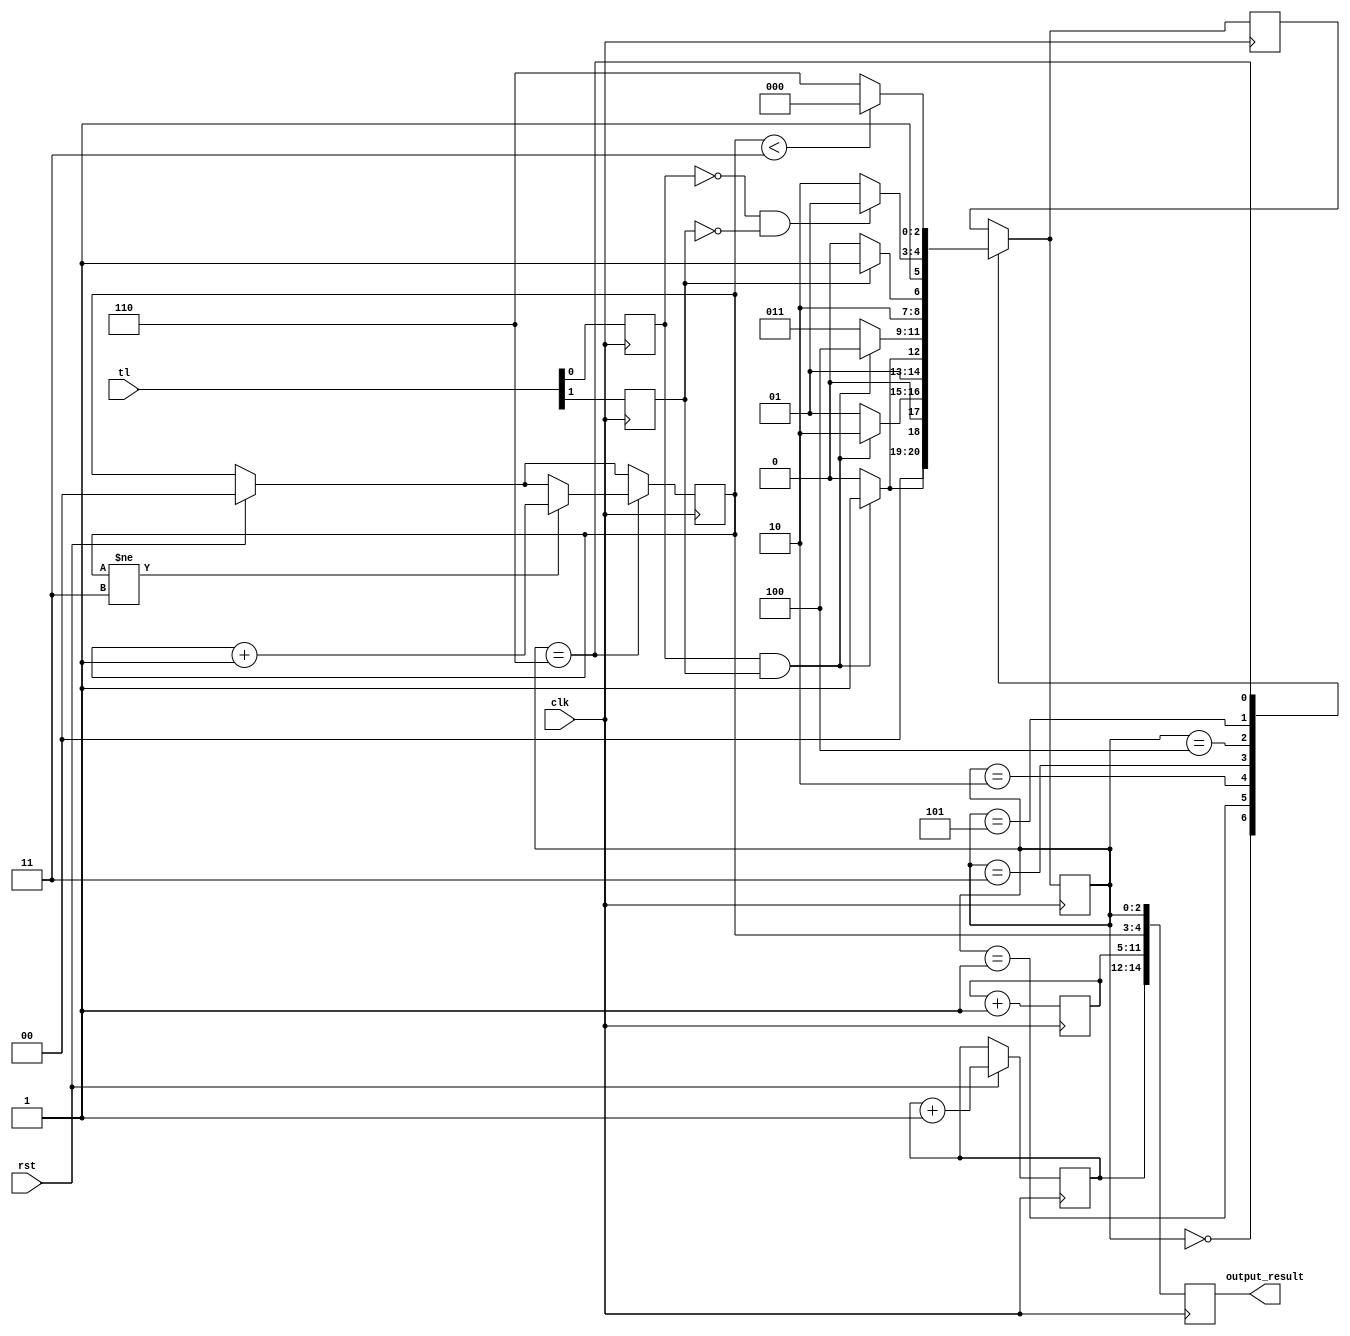
module netflix (
	input clk,               			// clock
    input rst,							// reset to stop tracking current person and start with new person
    input [1:0] tl,						// 2 bit input with t and l
    output reg [14:0] output_result     	// output with 14:12  3bit person counter, 11:5 7bit week
);


// define states
localparam NS = 3'b000;	// not started
localparam S1 = 3'b001;	// season 1
localparam S2 = 3'b010;	// season 2
localparam S3 = 3'b011;	// season 3
localparam S4 = 3'b100;	// season 4
localparam S5 = 3'b101;	// season 5
localparam F = 3'b110;	// finished

// 3 bit counter for person
reg [2:0] person_counter;		// person counter
// 9 bit counter for weeks
reg [6:0] week_counter; 		// week counter
// finished variable
reg [1:0] finished;				// times finished
// state variables
reg [2:0] state;				// state
reg [2:0] next_state;			// next state
// t and l variables
reg t;							// has time
reg l;							// likes the show


// initializations
initial begin
	person_counter <= 3'b0;				// start at 0 people
	week_counter <= 7'b0;				// start at 0 weeks
	finished <= 2'b0;					// start at 0 times finished
	state <= 3'b0;					// start at not started
    //output_result <= 15'b0;	// the output is the person concat with the number of weeks concat with number of times finished concat with the state
end 

// next iteration of state machine on positive clock edge so changes happen at every clock iteration
always @(posedge clk) begin
	// if we are resetting, so new person is starting
	if (rst) begin
		// set stuff for new person
		finished <= 2'b0;						// reset times finished
		state <= NS;							// go back to not started
		person_counter <= person_counter + 1;   // increment person
	end 
	
	// tl has 2 bits, make t the leftmost bit of tl
	t <= tl[0];
	// tl has 2 bits, make l the rightmost bit of tl
	l <= tl[1];
	
	// check through states to make changes
	case(state)
		NS: begin
			if (t & l) next_state = S1;
			else next_state = NS;
		end 
		S1: begin
			if (t & l) next_state = S2;
			else next_state = S1;
		end 
		S2: begin
			if (t & l) next_state = S3;
			else next_state = S2;
		end 
		S3: begin
			if (t & l) next_state = S4;
			else next_state = S3;
		end 
		S4: begin 
		// at this point we are binging, doesn't matter if we have time
			if (l) next_state = S5;
			else next_state = S4;
		end 
		S5: begin
			// at this point, will only not move on if we dont have time and dont like it
			if (~t &~ l) next_state = S5;
			else next_state = F;
		end 
		F: begin
			// if not in forever finished state
			if (finished != 3) begin
				// increment times has finished the show
				finished <= finished + 1;
			end
			// if hasn't watched the show all the way through 3 times yet
			if (finished < 3) begin
				// may restart show so return to not started state
				next_state = NS;
			end 
			else begin
				// if has watched the show all the way through 3 times will stay in finished state
				next_state = F;
			end
		end
	endcase
	// update state
	state <= next_state;
	// update output
	output_result <= {person_counter, week_counter, finished, state};
	// update week counter
	week_counter <= week_counter + 1;
end 
endmodule